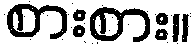
စားစား။